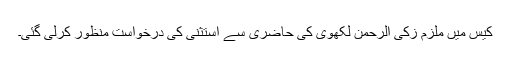
کیس میں ملزم زکی الرحمن لکھوی کی حاضری سے استثنیٰ کی درخواست منظور کرلی گئی۔